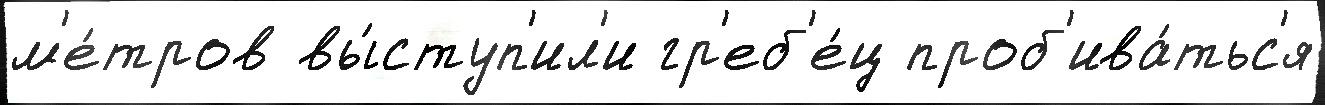
м'е́тров вы́ступ'ил'и гр'еб'е́ц проб'ива́тьс'я